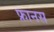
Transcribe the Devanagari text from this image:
फ्रानस